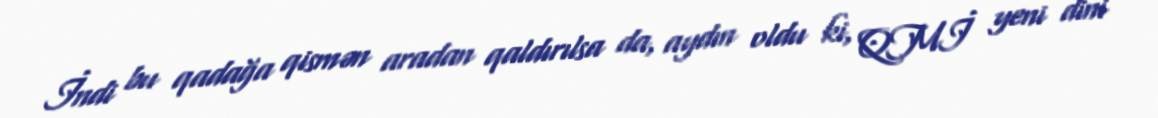
İndi bu qadağa qismən aradan qaldırılsa da, aydın oldu ki, QMİ yeni dini